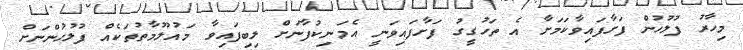
މިހާރު ފުލުހުން ފަށާފައިވާކަމަށާ އެ ތަހުގީގު ފަށާފައިވަނީ އެމަނިކުފާނަށް ލިބިފައިވާ މައުލޫމާތުތަކެއް ފުލުހުންނަށް